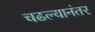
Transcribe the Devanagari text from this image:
चढल्यानंतर